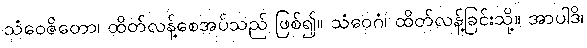
သံဝေဇိတော၊ ထိတ်လန့်စေအပ်သည် ဖြစ်၍။ သံဝေဂံ၊ ထိတ်လန့်ခြင်းသို့။ အာပါဒိ၊